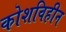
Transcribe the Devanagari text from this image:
कोशविहीन